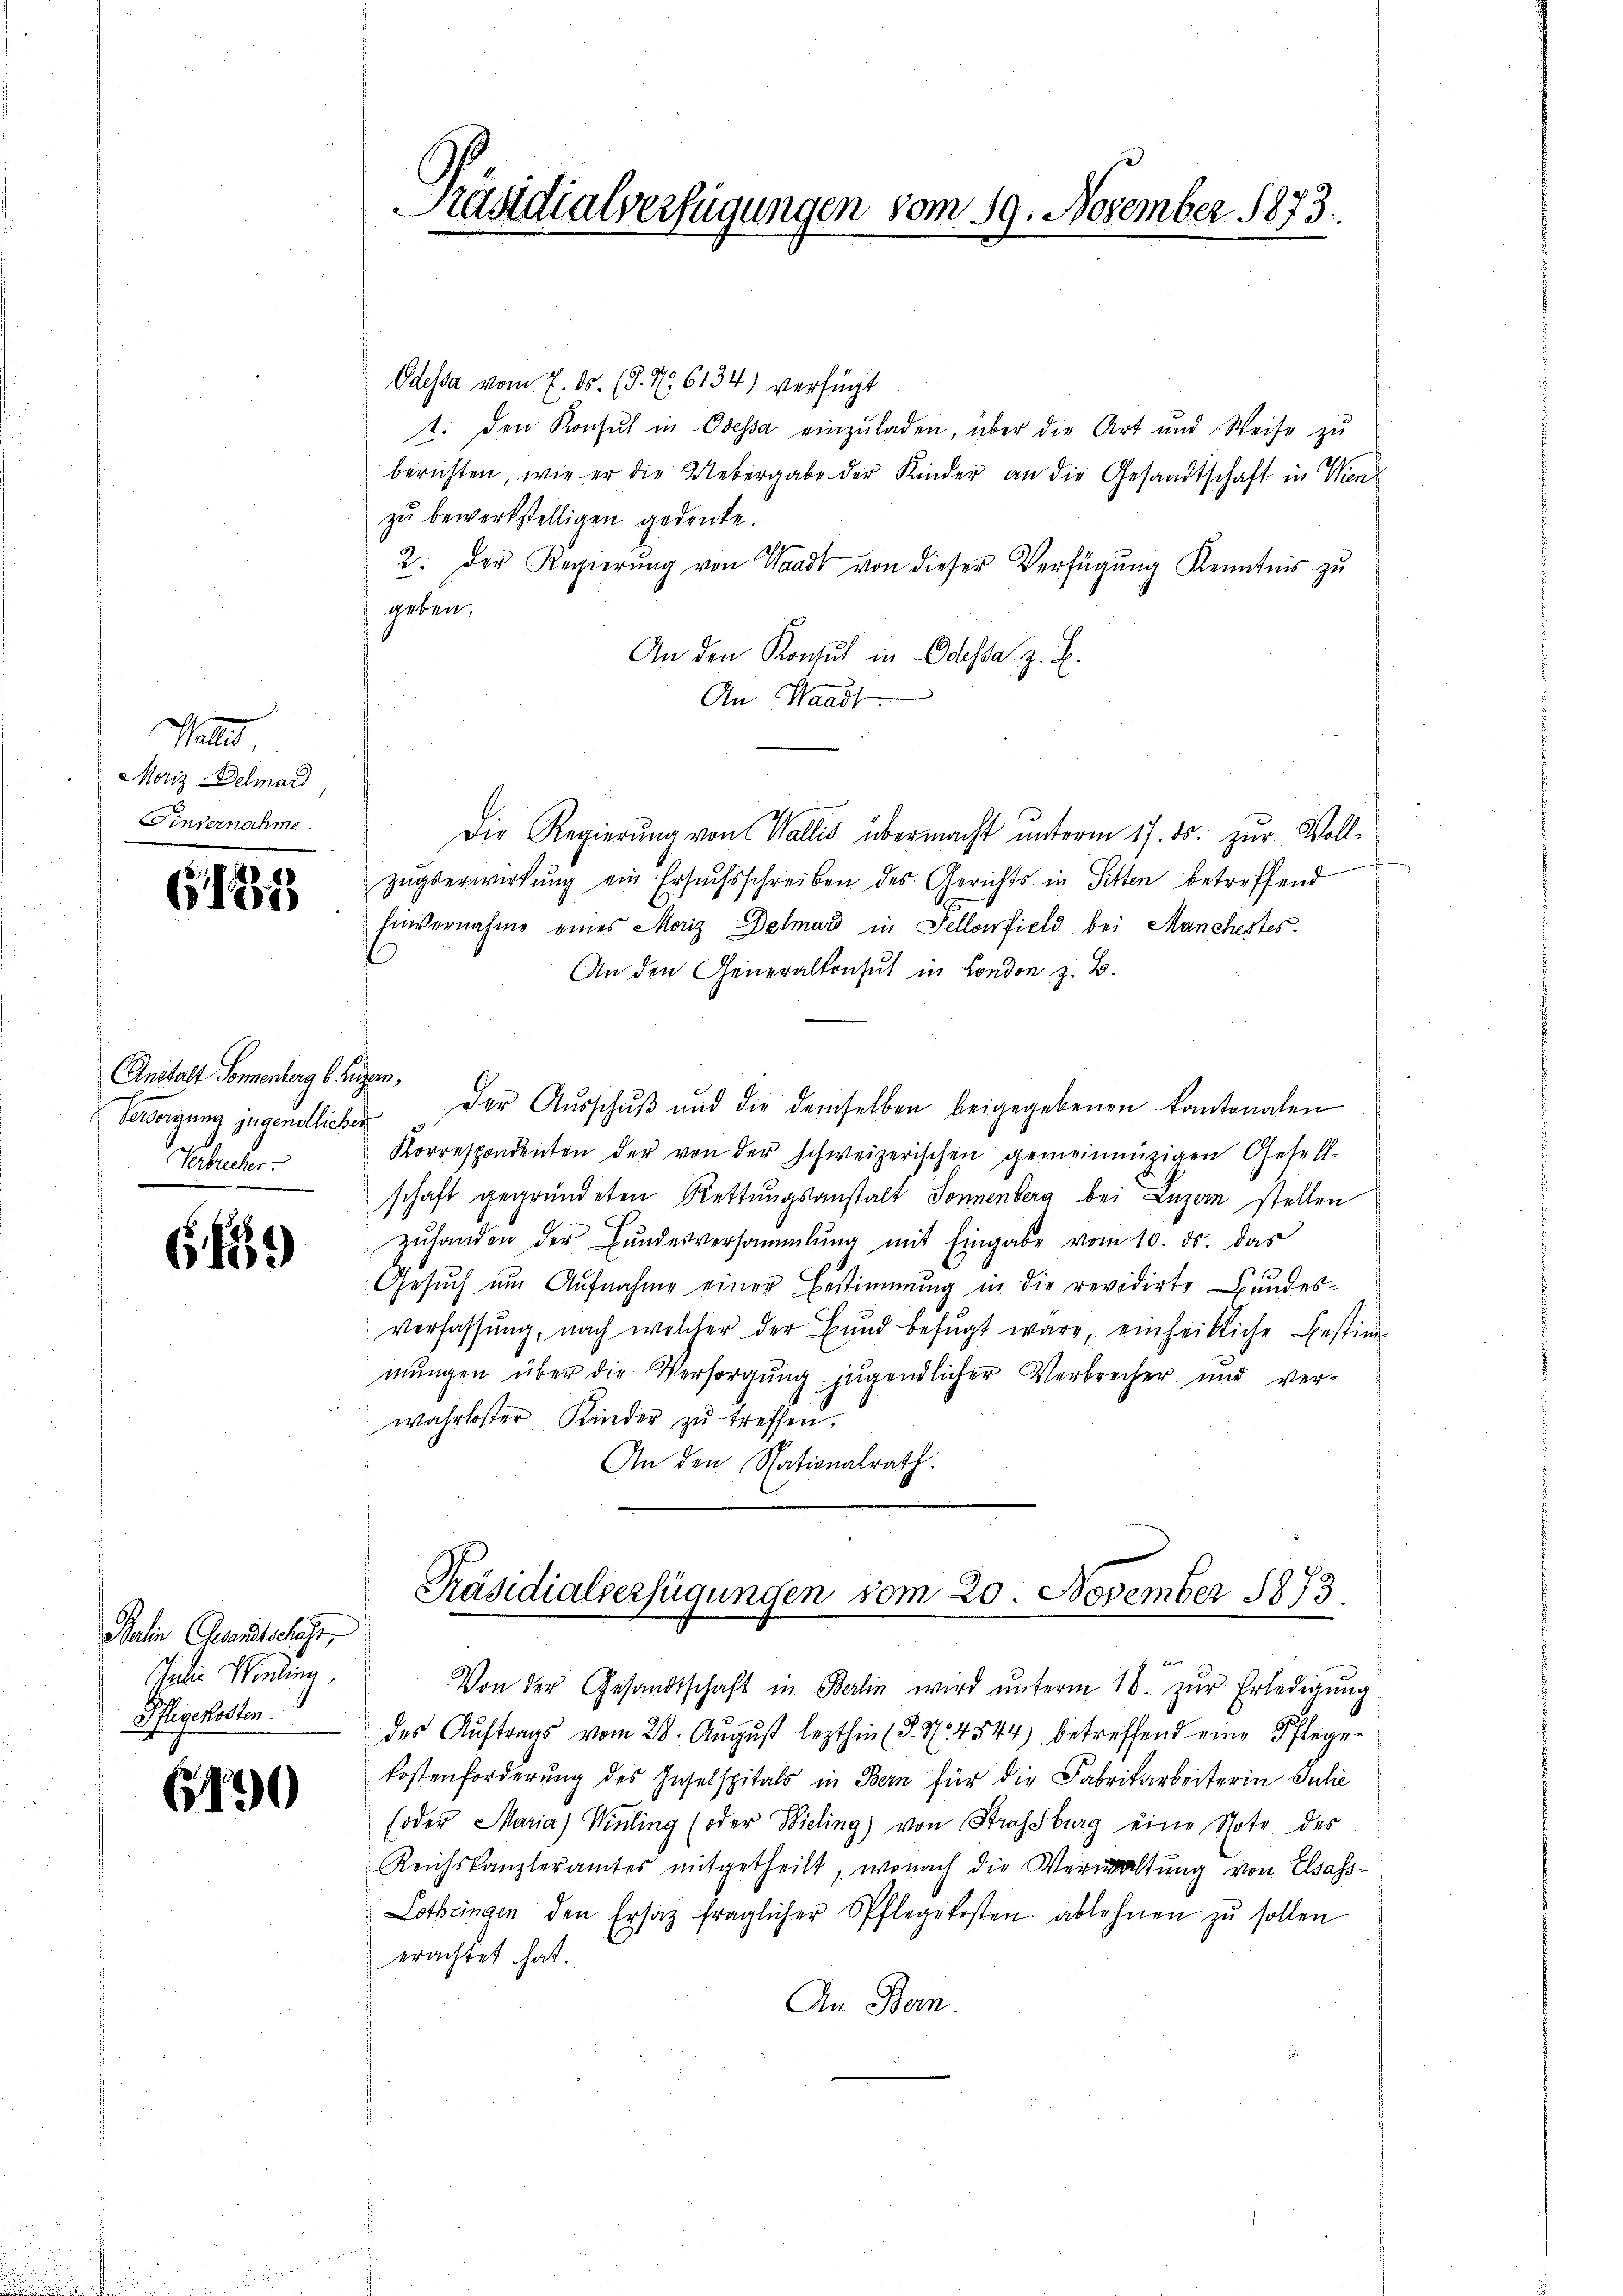
Wallis,
Moriz Dolmard
Finvernahme.

G137

Anstalt Sonnenberg bin
Versorgung jugendliches
Verbucher.

649

Balin Gesandtschaft,
Judie Winding
Pflegekosten.

6190

Präsidialverfügungen vom 19. November 1873.

Odessa vom 7. ds. (§. 7. 6134) verfügt
1. den Konsul in Odessa einzuladen, über die Art und Weise zu
berichten, wie er die Uebergabe der Kinder an die Gesandtschaft in Wien
zu bewerkstelligen gedeute.
2. Der Regierŭng von Waadt von dieser Verfügŭng Kenntnis zŭ
geben.
An den Konsul in Odessa z. B.
An Waadt.
Die Regierŭng von Wallis übermacht ŭnterm 17. ds. zŭr Voll-
zugserwirkung ein Ersuchsschreiben des Gerichts in Sitten betreffend
Einvernahme eines Moriz Detmard in Sellonfield bei Manchestes
An den Generalkonsuch in London z. B.
er
der Aŭsschŭβ ŭnd die demselben beigegebenen Kantonalen
Korrespondenten der von der schweizerischen gemeinnüzigen Gesell-
schaft gegründeten Rettungsanstalt Sonnenberg bei Luzern stellen
zŭhanden der Bŭndesversammlung mit Eingabe vom 10. ds. das
Gesuch um Aufnahme einer Bestimmung in die revidirte Bundesverfassŭng, nach welcher der Bŭnd befugt wäre, einheitliche Bestim-
mŭngen über die Versorgŭng jugendlicher Verbrecher und ver-
wahrloster Kinder zŭ treffen.
An den Stationalrath.

Präsidialverfügungen vom 20. November 1873

Von der Gesandtschaft in Berlin wird ŭnterm 10. zŭr Erledigŭng
des Auftrags vom 28. August lezthin (§. 37. 4544) betreffend eine Pflegekostenforderung des Inselspitals in Bern für die Fabrikarbeiterin Julie
soder Maria) Wirling (oder Wieling) von Strassburg eine Note des
Reichskanzleramtes mitgetheilt, wonach die Verwaltung von Elsass-
Lothringen den Ersatz fraglicher Pflegekosten ablehnen zu sollen
erachtet hat.
An Bern.